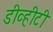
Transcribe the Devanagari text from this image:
डीव्हीटी